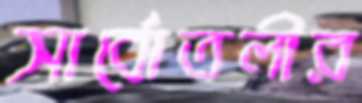
সার্বোতলীর